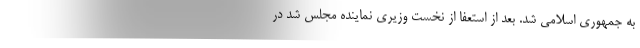
به جمهوری اسلامی شد. بعد از استعفا از نخست وزیری نماینده مجلس شد در